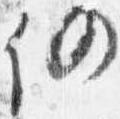
仍